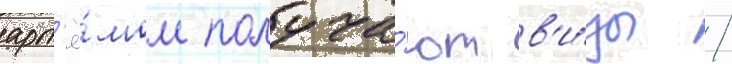
арт'ё́мом получа́ют в'и́зы /